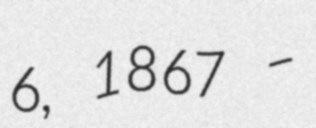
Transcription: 6, 1867 –